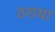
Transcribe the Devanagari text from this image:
ठराया